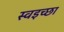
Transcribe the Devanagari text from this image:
स्वइच्छा